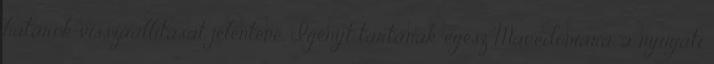
határok visszaállítását jelentené. Igényt tartanak egész Macedóniára, a nyugati